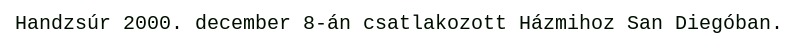
Handzsúr 2000. december 8-án csatlakozott Házmihoz San Diegóban.